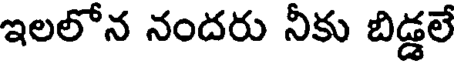
ఇలలోన నందరు నీకు బిడ్డలే